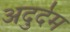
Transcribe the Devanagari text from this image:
अदुर्दम